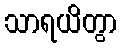
သာရယိတွာ